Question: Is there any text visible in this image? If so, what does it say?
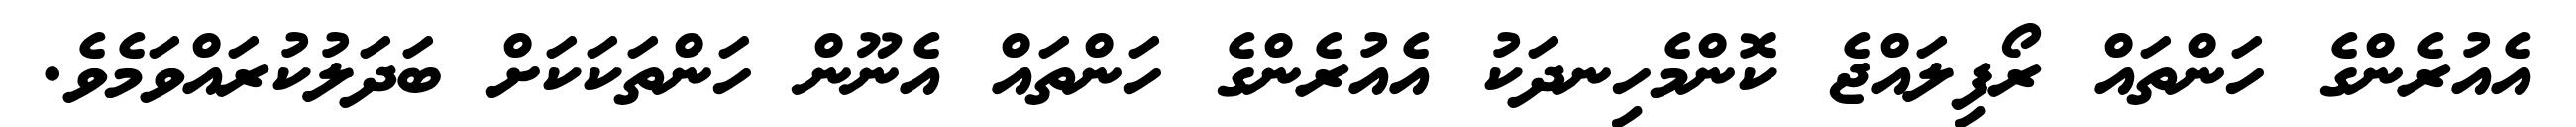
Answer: އެއުރެންގެ ހަންތައް ރޯފިލައްޖެ ކޮންމެހިނދަކު އެއުރެންގެ ހަންތައް އެނޫން ހަންތަކަކަށް ބަދަލުކުރައްވަމެވެ.